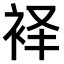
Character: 𫋷